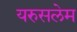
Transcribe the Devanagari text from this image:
यरुसलेम